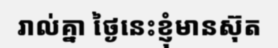
រាល់គ្នា ថ្ងៃនេះខ្ញុំមានស៊ុត